Vaccination in Bombay 1863-1868 - 1863-1868
Year: 1863
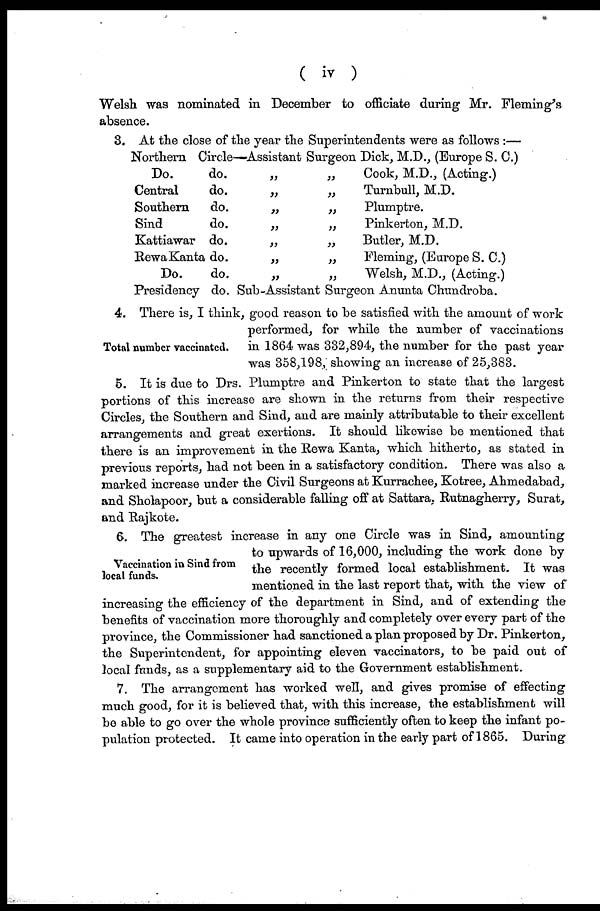
( iv )
Welsh was nominated in December to officiate during Mr. Fleming's
absence.
3. At the close of the year the Superintendents were as follows :—
Northern Circle—Assistant Surgeon Dick, M.D., (Europe S. C.)
Do.
do.
„
„
Cook, M.D., (Acting.)
Central
do.
„
„
Turnbull, M.D.
Southern
do.
„
„
Plumptre.
Sind
do.
„
„
Pinkerton, M.D.
Kattiawar do.
„
„
Butler, M.D.
RewaKanta do.
„
„
Fleming, (Europe S. C.)
Do.
do.
„
„
Welsh, M.D., (Acting.)
Presidency do. Sub-Assistant Surgeon Anunta Chundroba.
Total number vaccinated.
4. There is, I think, good reason to be satisfied with the amount of work
performed, for while the number of vaccinations
in 1864 was 332,894, the number for the past year
was 358,198, showing an increase of 25,383.
5. It is due to Drs. Plumptre and Pinkerton to state that the largest
portions of this increase are shown in the returns from their respective
Circles, the Southern and Sind, and are mainly attributable to their excellent
arrangements and great exertions. It should likewise be mentioned that
there is an improvement in the Rewa Kanta, which hitherto, as stated in
previous reports, had not been in a satisfactory condition. There was also a
marked increase under the Civil Surgeons at Kurrachee, Kotree, Ahmedabad,
and Sholapoor, but a considerable falling off at Sattara, Rutnagherry, Surat,
and Rajkote.
Vaccination in Sind from
local funds.
6. The greatest increase in any one Circle was in Sind, amounting
to upwards of 16,000, including the work done by
the recently formed local establishment. It was
mentioned in the last report that, with the view of
increasing the efficiency of the department in Sind, and of extending the
benefits of vaccination more thoroughly and completely over every part of the
province, the Commissioner had sanctioned a plan proposed by Dr. Pinkerton,
the Superintendent, for appointing eleven vaccinators, to be paid out of
local funds, as a supplementary aid to the Government establishment.
7. The arrangement has worked well, and gives promise of effecting
much good, for it is believed that, with this increase, the establishment will
be able to go over the whole province sufficiently often to keep the infant po-
pulation protected. It came into operation in the early part of 1865. During